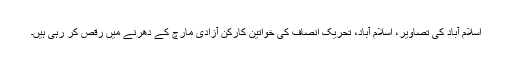
اسلام آباد کی تصاویر، اسلام آباد، تحریک انصاف کی خواتین کارکن آزادی مارچ کے دھرنے میں رقص کر رہی ہیں۔